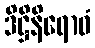
ဒိဋ္ဌိနိရောဓံ